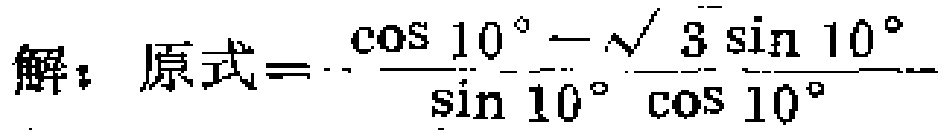
解：原式\(=-\frac{\cos 10^{\circ}-\sqrt{3}\sin 10^{\circ}}{\sin 10^{\circ}\cos 10^{\circ}}\)